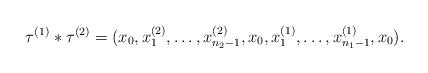
LaTeX: \begin{align*} \tau^{(1)} * \tau^{(2)} = (x_0,x_1^{(2)},\dots,x_{n_2-1}^{(2)},x_0,x_1^{(1)},\dots,x_{n_1-1}^{(1)},x_0). \end{align*}